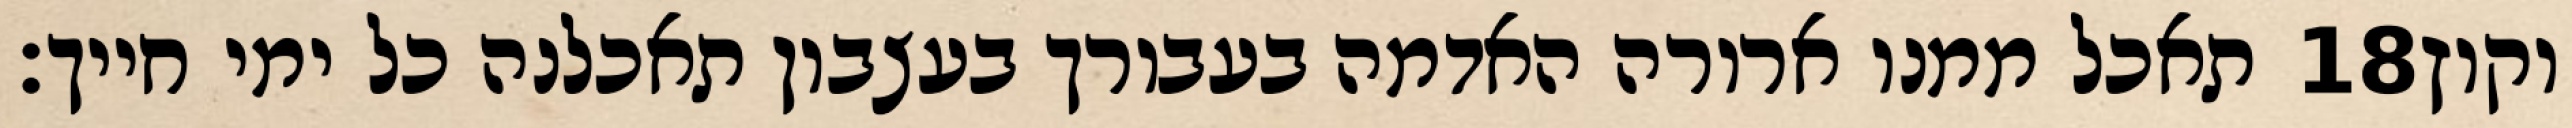
תאכל ממנו ארורה האדמה בעבורך בעצבון תאכלנה כל ימי חייך׃ ‎18‏ וקוץ